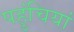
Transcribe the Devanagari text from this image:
पहुंचियां